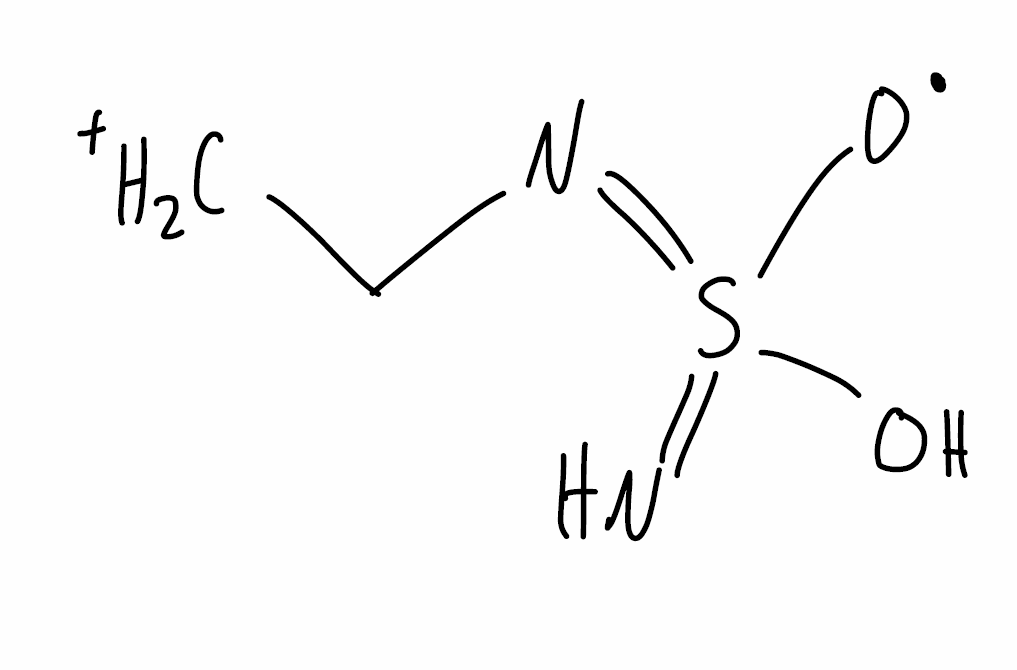
Simplified molecular-input line-entry system (SMILES) notation of the given molecule:
[CH2+]CN=S(=N)(O)[O]